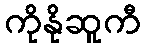
ကိုနိုဆူကီ